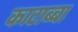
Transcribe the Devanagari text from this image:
काटाब्बा